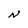
Character: N